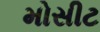
મોસીટ